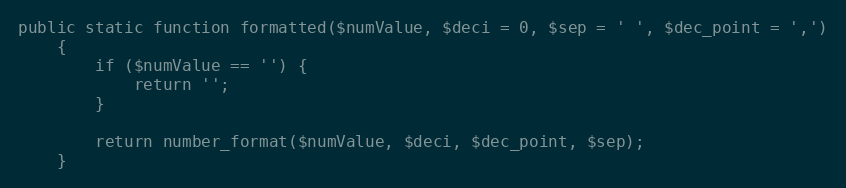
Language: PHP
public static function formatted($numValue, $deci = 0, $sep = ' ', $dec_point = ',')
    {
        if ($numValue == '') {
            return '';
        }

        return number_format($numValue, $deci, $dec_point, $sep);
    }